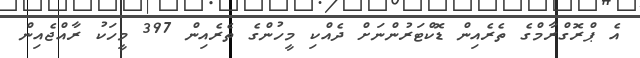
އެ ޕްރޮގްރާމްގެ ތެރެއިން ޑޮކްޓަރުންނަށް ދެއްކި މީހުންގެ ތެރެއިން 397 މީހަކު ރާއްޖެއިން